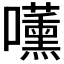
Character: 𭌧